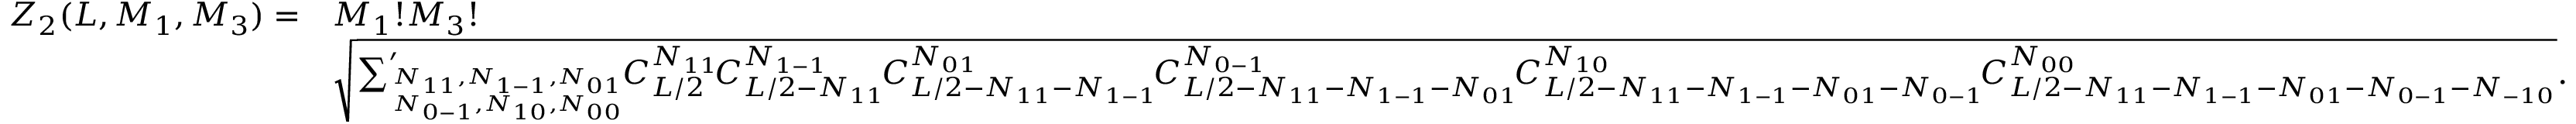
\begin{array} { r l } { Z _ { 2 } ( L , M _ { 1 } , M _ { 3 } ) = } & { M _ { 1 } ! M _ { 3 } ! } \\ & { \sqrt { { \sum } _ { N _ { 1 1 } , N _ { 1 - 1 } , N _ { 0 1 } \atop N _ { 0 - 1 } , N _ { 1 0 } , N _ { 0 0 } } ^ { \prime } \! C _ { L / 2 } ^ { N _ { 1 1 } } \! C _ { L / 2 - N _ { 1 1 } } ^ { N _ { 1 - 1 } } \! C _ { L / 2 - N _ { 1 1 } - N _ { 1 - 1 } } ^ { N _ { 0 1 } } \! C _ { L / 2 - N _ { 1 1 } - N _ { 1 - 1 } - N _ { 0 1 } } ^ { N _ { 0 - 1 } } \! C _ { L / 2 - N _ { 1 1 } - N _ { 1 - 1 } - N _ { 0 1 } - N _ { 0 - 1 } } ^ { N _ { 1 0 } } \! C _ { L / 2 - N _ { 1 1 } - N _ { 1 - 1 } - N _ { 0 1 } - N _ { 0 - 1 } - N _ { - 1 0 } } ^ { N _ { 0 0 } } } . } \end{array}